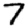
Digit: 7